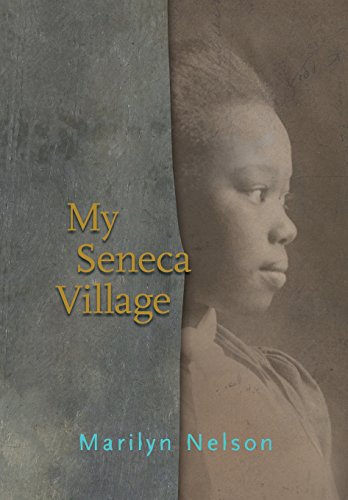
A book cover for My Seneca Village; Marilyn Nelson; Literature & Fiction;